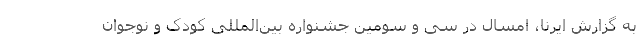
به گزارش ایرنا، امسال در سی و سومین جشنواره بین‌المللی کودک و نوجوان